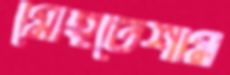
মোহতেশাম